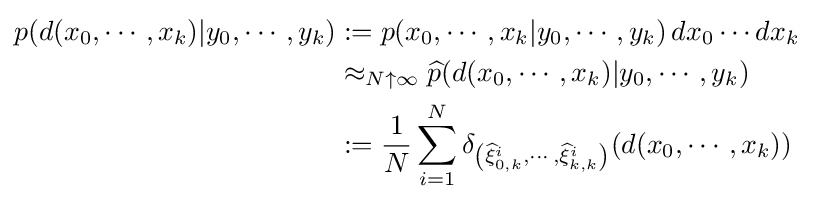
{\begin{aligned}p(d(x_{0},\cdots ,x_{k})|y_{0},\cdots ,y_{k})&:=p(x_{0},\cdots ,x_{k}|y_{0},\cdots ,y_{k})\,dx_{0}\cdots dx_{k}\\&\approx _{N\uparrow \infty }{\widehat {p}}(d(x_{0},\cdots ,x_{k})|y_{0},\cdots ,y_{k})\\&:={\frac {1}{N}}\sum _{i=1}^{N}\delta _{\left({\widehat {\xi }}_{0,k}^{i},\cdots ,{\widehat {\xi }}_{k,k}^{i}\right)}(d(x_{0},\cdots ,x_{k}))\end{aligned}}